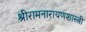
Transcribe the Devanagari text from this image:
श्रीरामनारायणशास्त्री